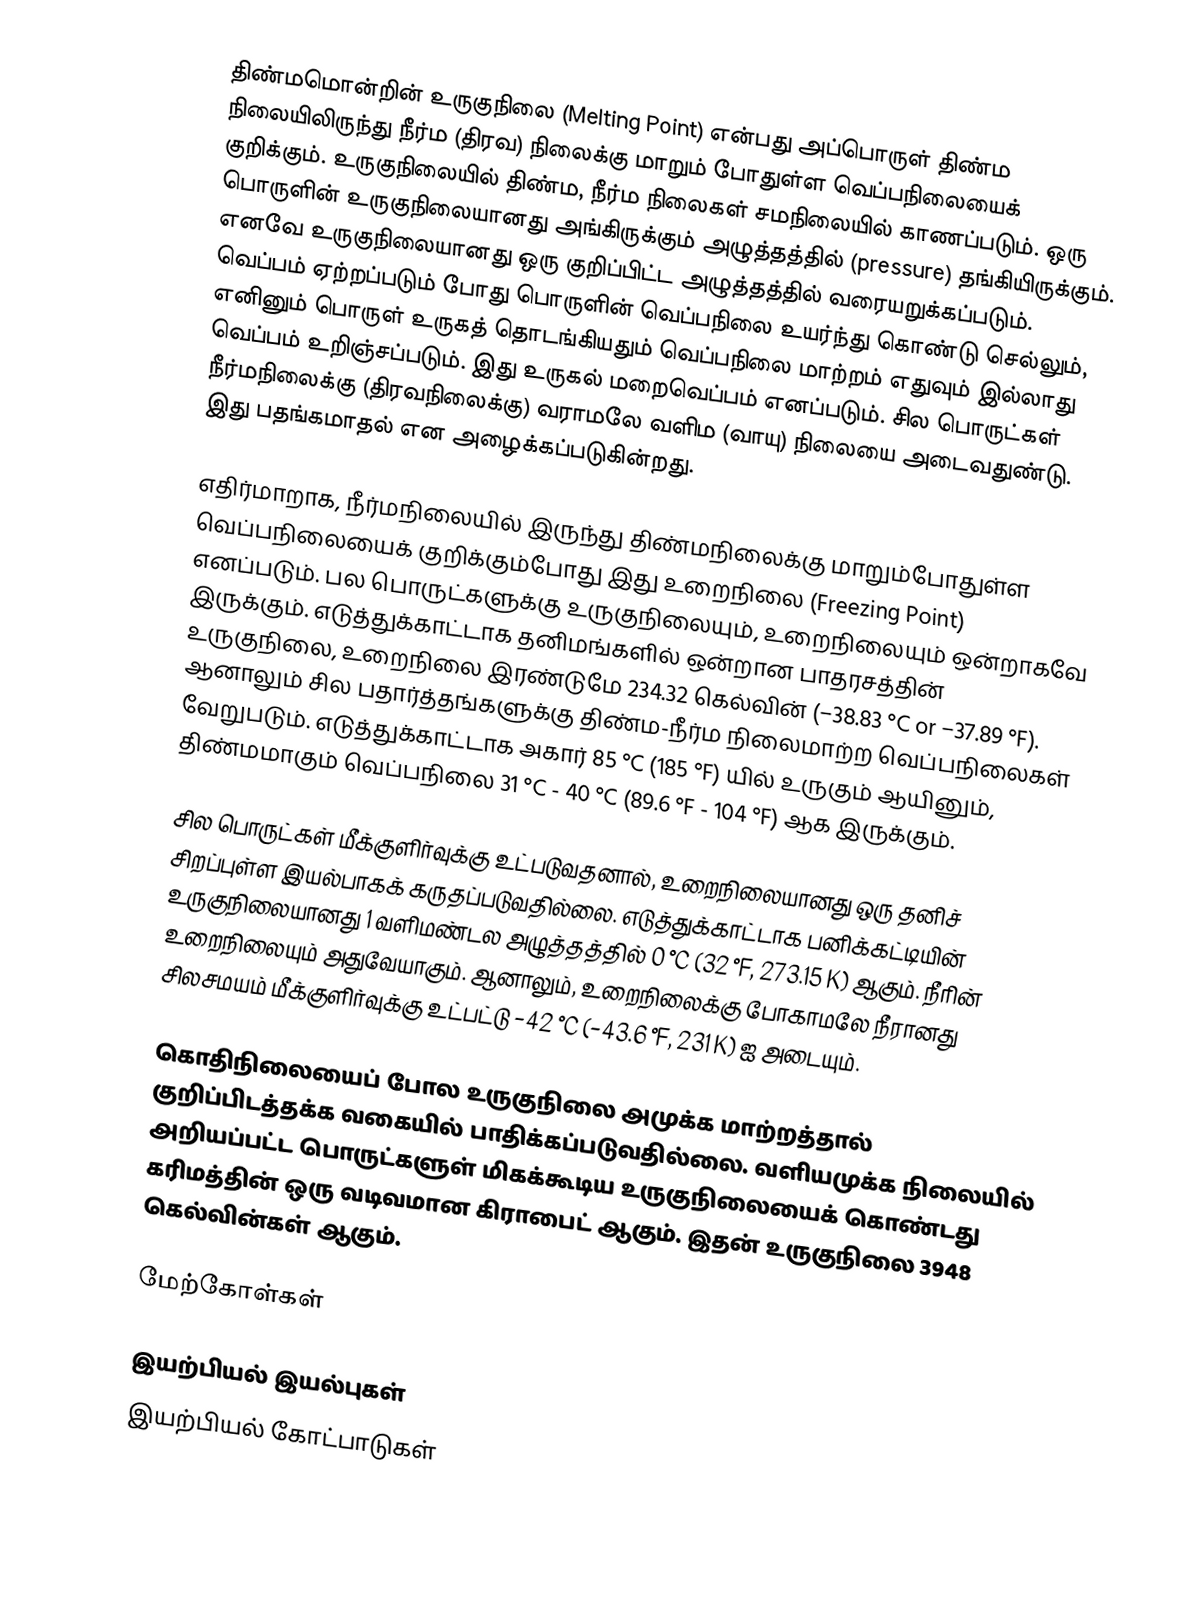
திண்மமொன்றின் உருகுநிலை (Melting Point) என்பது அப்பொருள் திண்ம நிலையிலிருந்து நீர்ம (திரவ) நிலைக்கு மாறும் போதுள்ள வெப்பநிலையைக் குறிக்கும். உருகுநிலையில் திண்ம, நீர்ம நிலைகள் சமநிலையில் காணப்படும். ஒரு பொருளின் உருகுநிலையானது அங்கிருக்கும் அழுத்தத்தில் (pressure) தங்கியிருக்கும். எனவே உருகுநிலையானது ஒரு குறிப்பிட்ட அழுத்தத்தில் வரையறுக்கப்படும். வெப்பம் ஏற்றப்படும் போது பொருளின் வெப்பநிலை உயர்ந்து கொண்டு செல்லும், எனினும் பொருள் உருகத் தொடங்கியதும் வெப்பநிலை மாற்றம் எதுவும் இல்லாது வெப்பம் உறிஞ்சப்படும். இது உருகல் மறைவெப்பம் எனப்படும். சில பொருட்கள் நீர்மநிலைக்கு (திரவநிலைக்கு) வராமலே வளிம (வாயு) நிலையை அடைவதுண்டு. இது பதங்கமாதல் என அழைக்கப்படுகின்றது.

எதிர்மாறாக, நீர்மநிலையில் இருந்து திண்மநிலைக்கு மாறும்போதுள்ள வெப்பநிலையைக் குறிக்கும்போது இது உறைநிலை (Freezing Point) எனப்படும். பல பொருட்களுக்கு உருகுநிலையும், உறைநிலையும் ஒன்றாகவே இருக்கும். எடுத்துக்காட்டாக தனிமங்களில் ஒன்றான பாதரசத்தின் உருகுநிலை, உறைநிலை இரண்டுமே 234.32 கெல்வின் (−38.83 °C or −37.89 °F). ஆனாலும் சில பதார்த்தங்களுக்கு திண்ம-நீர்ம நிலைமாற்ற வெப்பநிலைகள் வேறுபடும். எடுத்துக்காட்டாக அகார் 85 °C (185 °F) யில் உருகும் ஆயினும், திண்மமாகும் வெப்பநிலை 31 °C - 40 °C (89.6 °F - 104 °F) ஆக இருக்கும்.

சில பொருட்கள் மீக்குளிர்வுக்கு உட்படுவதனால், உறைநிலையானது ஒரு தனிச் சிறப்புள்ள இயல்பாகக் கருதப்படுவதில்லை. எடுத்துக்காட்டாக பனிக்கட்டியின் உருகுநிலையானது 1 வளிமண்டல அழுத்தத்தில்  0 °C (32 °F, 273.15 K) ஆகும். நீரின் உறைநிலையும் அதுவேயாகும். ஆனாலும், உறைநிலைக்கு போகாமலே நீரானது சிலசமயம் மீக்குளிர்வுக்கு உட்பட்டு −42 °C (−43.6 °F, 231 K) ஐ அடையும்.

கொதிநிலையைப் போல உருகுநிலை அமுக்க மாற்றத்தால் குறிப்பிடத்தக்க வகையில் பாதிக்கப்படுவதில்லை. வளியமுக்க நிலையில் அறியப்பட்ட பொருட்களுள் மிகக்கூடிய உருகுநிலையைக் கொண்டது கரிமத்தின் ஒரு வடிவமான கிராபைட் ஆகும். இதன் உருகுநிலை 3948 கெல்வின்கள் ஆகும்.

மேற்கோள்கள்

இயற்பியல் இயல்புகள்
இயற்பியல் கோட்பாடுகள்